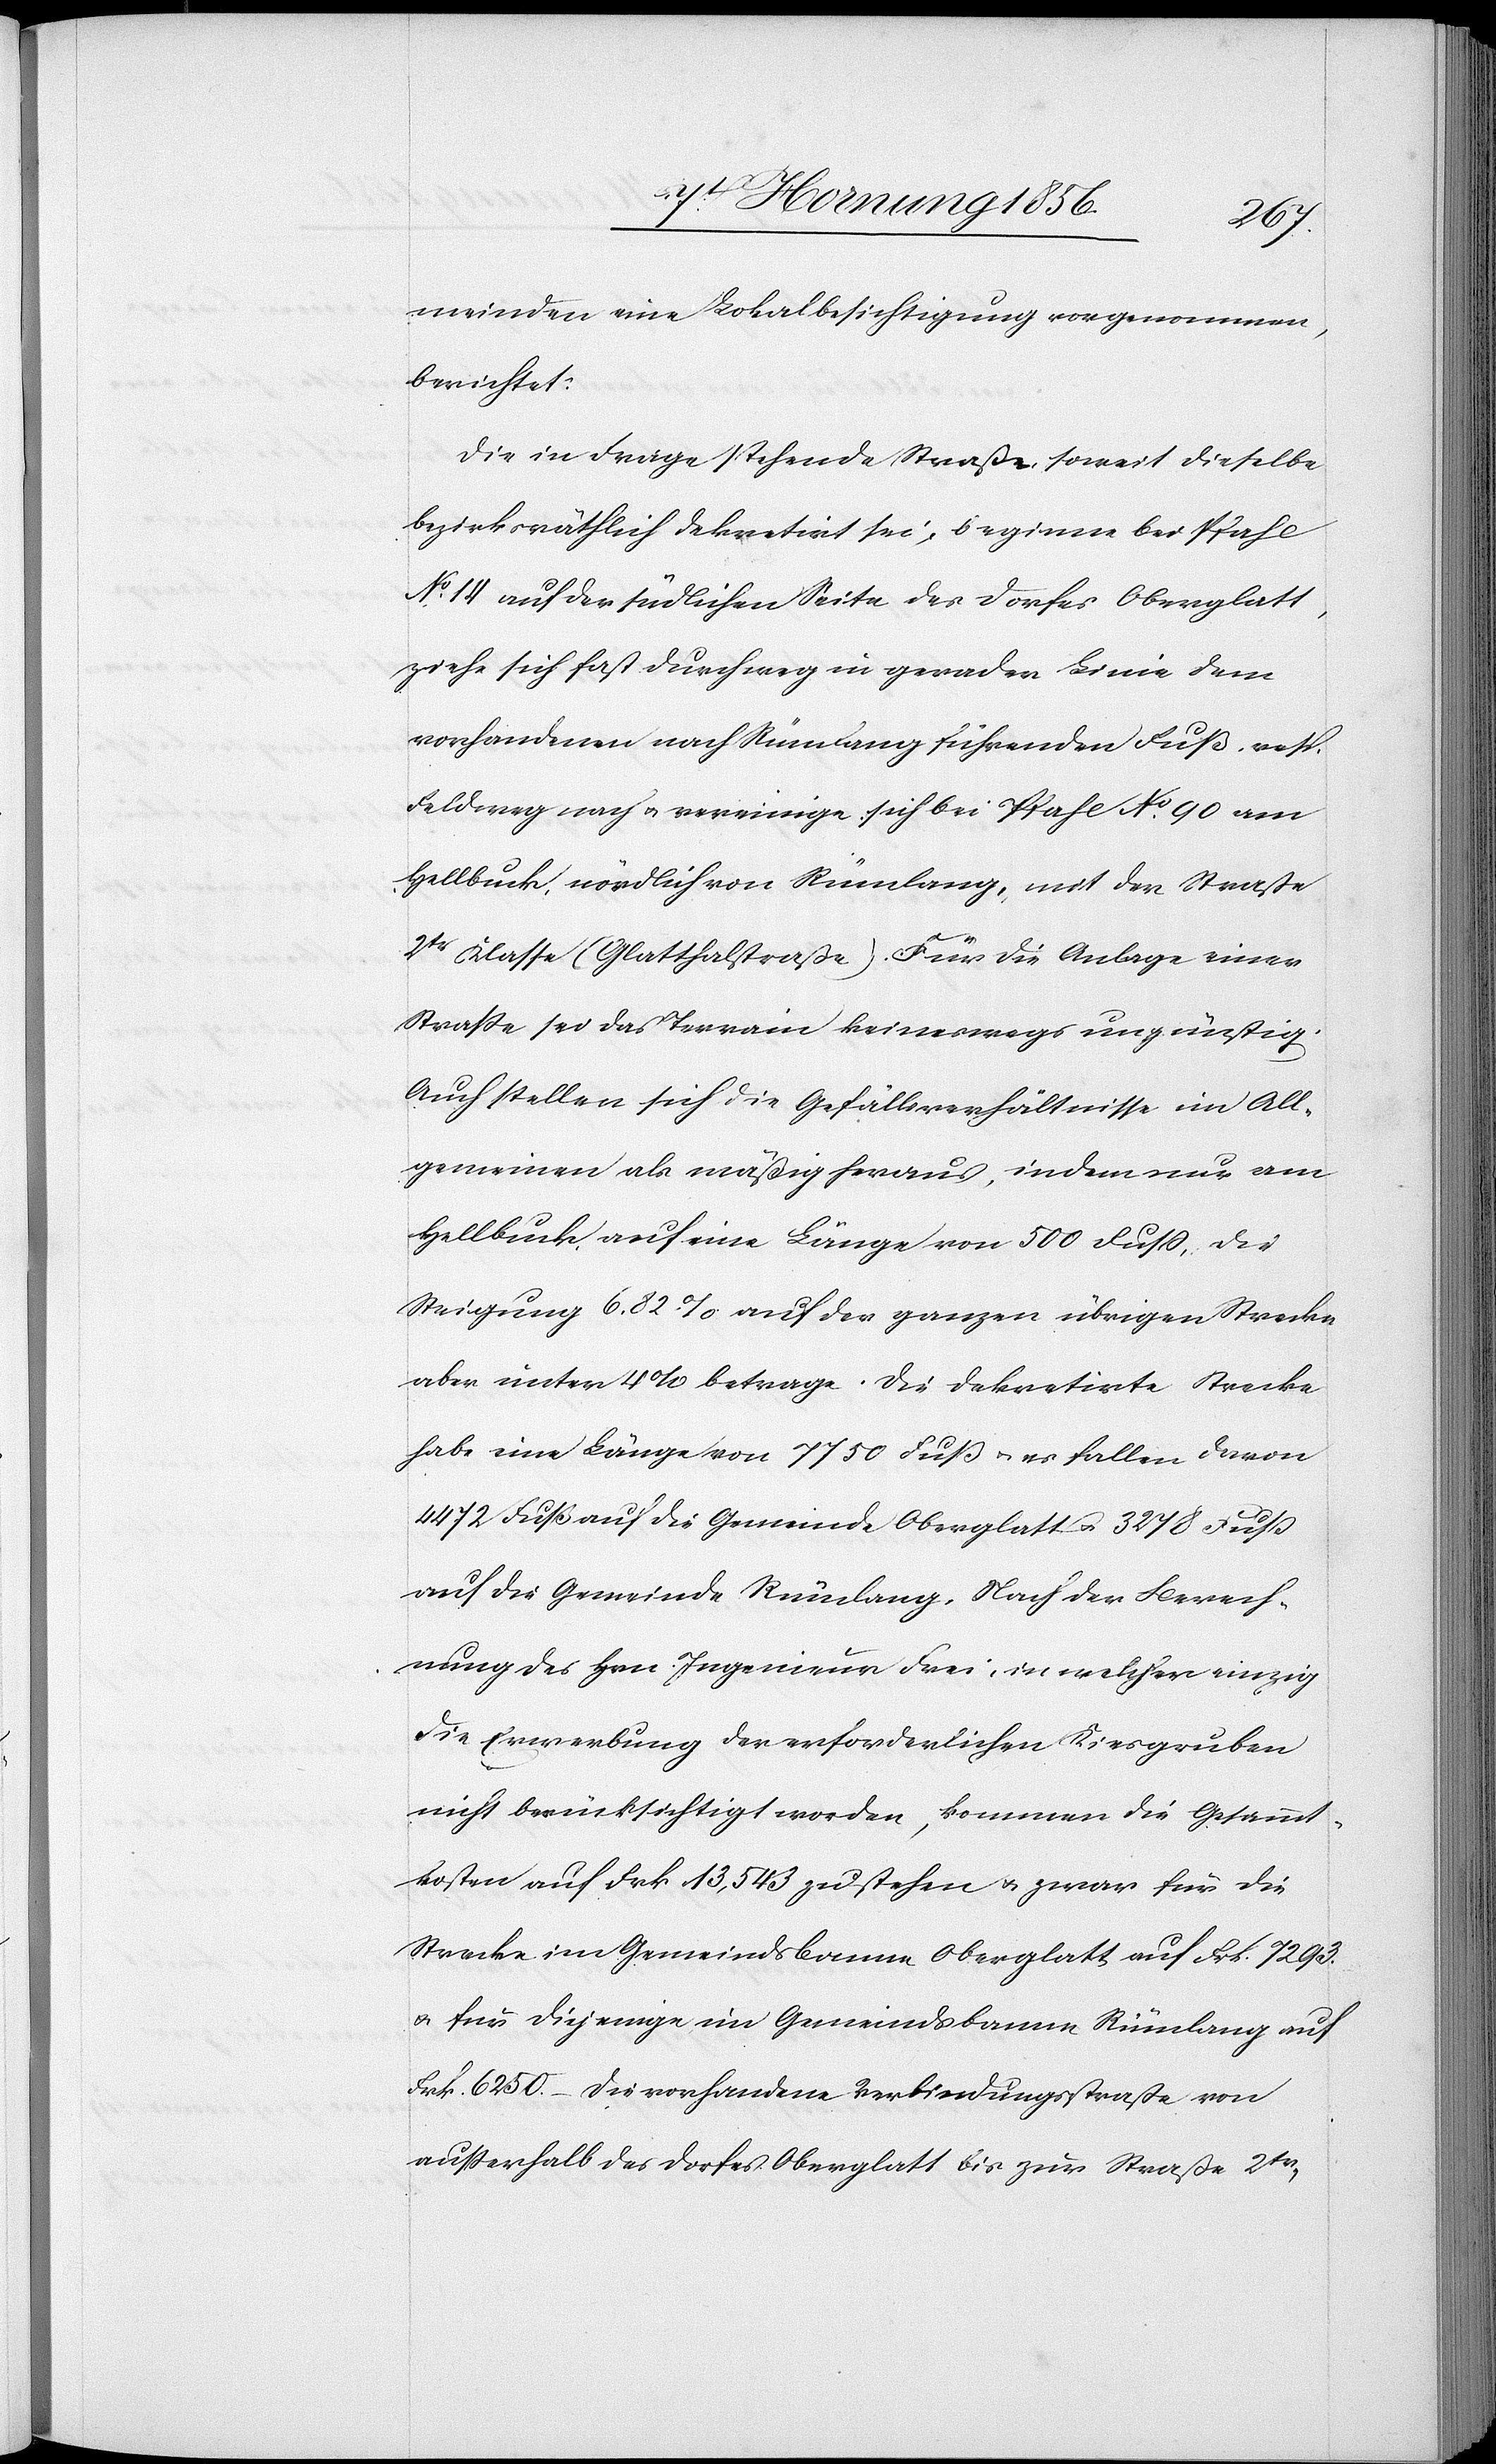
meinden eine Lokalbesichtigung vorgenommen,
berichtet:
Die in Frage stehende Straße, soweit dieselbe
bezirksräthlich dekretirt sei, beginne bei Pfahl
No 14 auf der südlichen Seite des Dorfes Oberglatt,
ziehe sich fast durchweg in gerader Linie dem
vorhandenen nach Rümlang führenden Fuß- resp.
Feldweg nach u. vereinige sich bei Pfahl No 90 am
Hellbuck, nördlich von Rümlang, mit der Straße
2tr Klasse (Glatthalstraße). Für die Anlage einer
Straße sei das Terrain keineswegs ungünstig.
Auch stellen sich die Gefällverhältnisse im All¬
gemeinen als mäßig heraus, indem nur am
Hellbuck, auf eine Länge von 500 Fuß, die
Steigung 6.82% auf der ganzen übrigen Strecke
aber unter 4% betrage. Die dekretirte Strecke
habe eine Länge von 7750 Fuß u. es fallen davon
4472 Fuß auf die Gemeinde Oberglatt u. 3278 Fuß
auf die Gemeinde Rümlang. Nach der Berech¬
nung des Hrn. Ingenieur Frei , in welcher einzig
die Erwerbung der erforderlichen Kiesgruben
nicht berücksichtigt worden, kommen die Gesammt¬
kosten auf Frk 13,543 zu stehen u. zwar für die
Strecke im Gemeindsbanne Oberglatt auf Frk. 7293.
u. für diejenige im Gemeindsbanne Rümlang auf
Frk. 6250.– die vorhandene Verbindungsstraße von
ausserhalb des Dorfes Oberglatt bis zur Straße 2tr